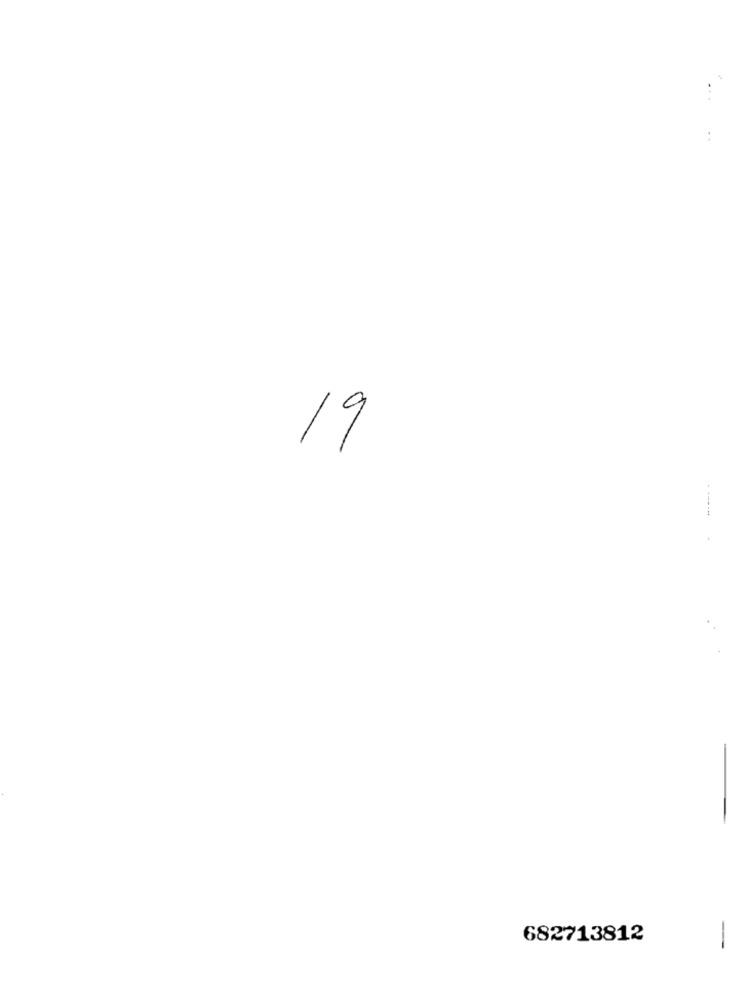
...
19
682713812
-